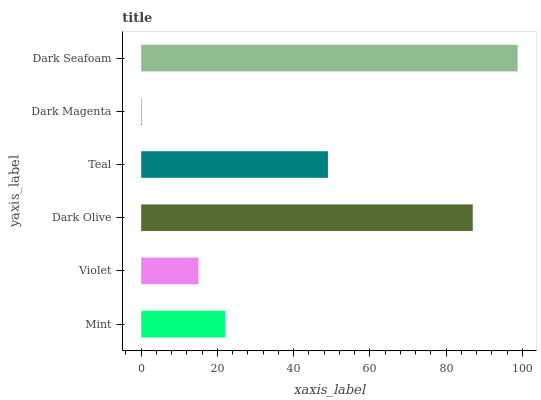
| yaxis_label | bars |
 | --- | --- |
 | Mint | 22 |
 | Violet | 15 |
 | Dark Olive | 87 |
 | Teal | 49 |
 | Dark Magenta | 0.0869 |
 | Dark Seafoam | 98.7 |